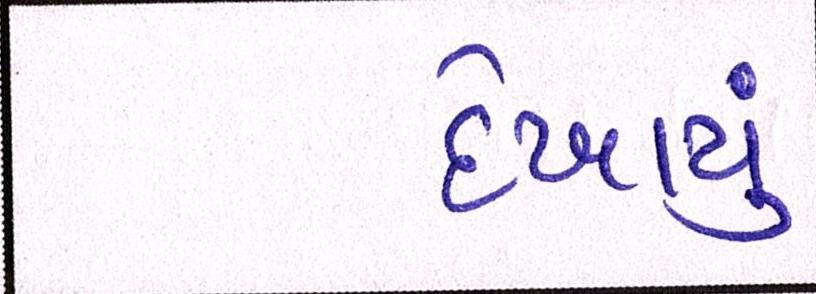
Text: દેખાયું